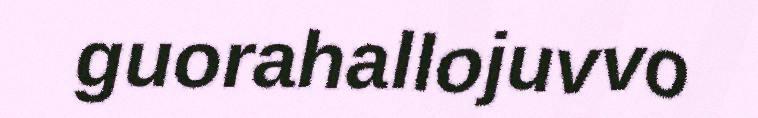
guorahallojuvvo